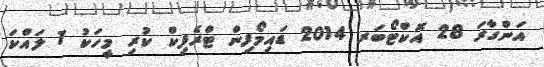
އަންގާރަ 28 އޮކްޓޯބަރ 2014 ޑައިމޯފިން ޓްރެފިކް ކުރި މީހަކު 1 ލައްކަ